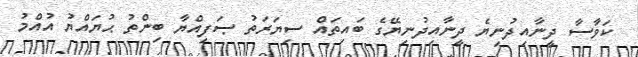
ކަވާސާ ދީނާއިދުނިޔެ ދީނާއިދުނިޔޭގެ ބައިތައް ސިޔަރަތު ޞަފިއްޔާ ބިންތު ޙުޔައްޔު އުއްމު